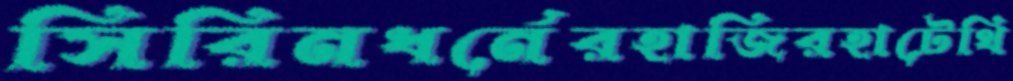
সিরিনধর্নেরহাজিরহাটেথি